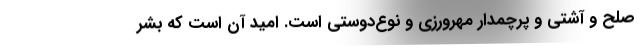
صلح و آشتی و پرچمدار مهرورزی و نوع‌دوستی است. امید آن است که بشر